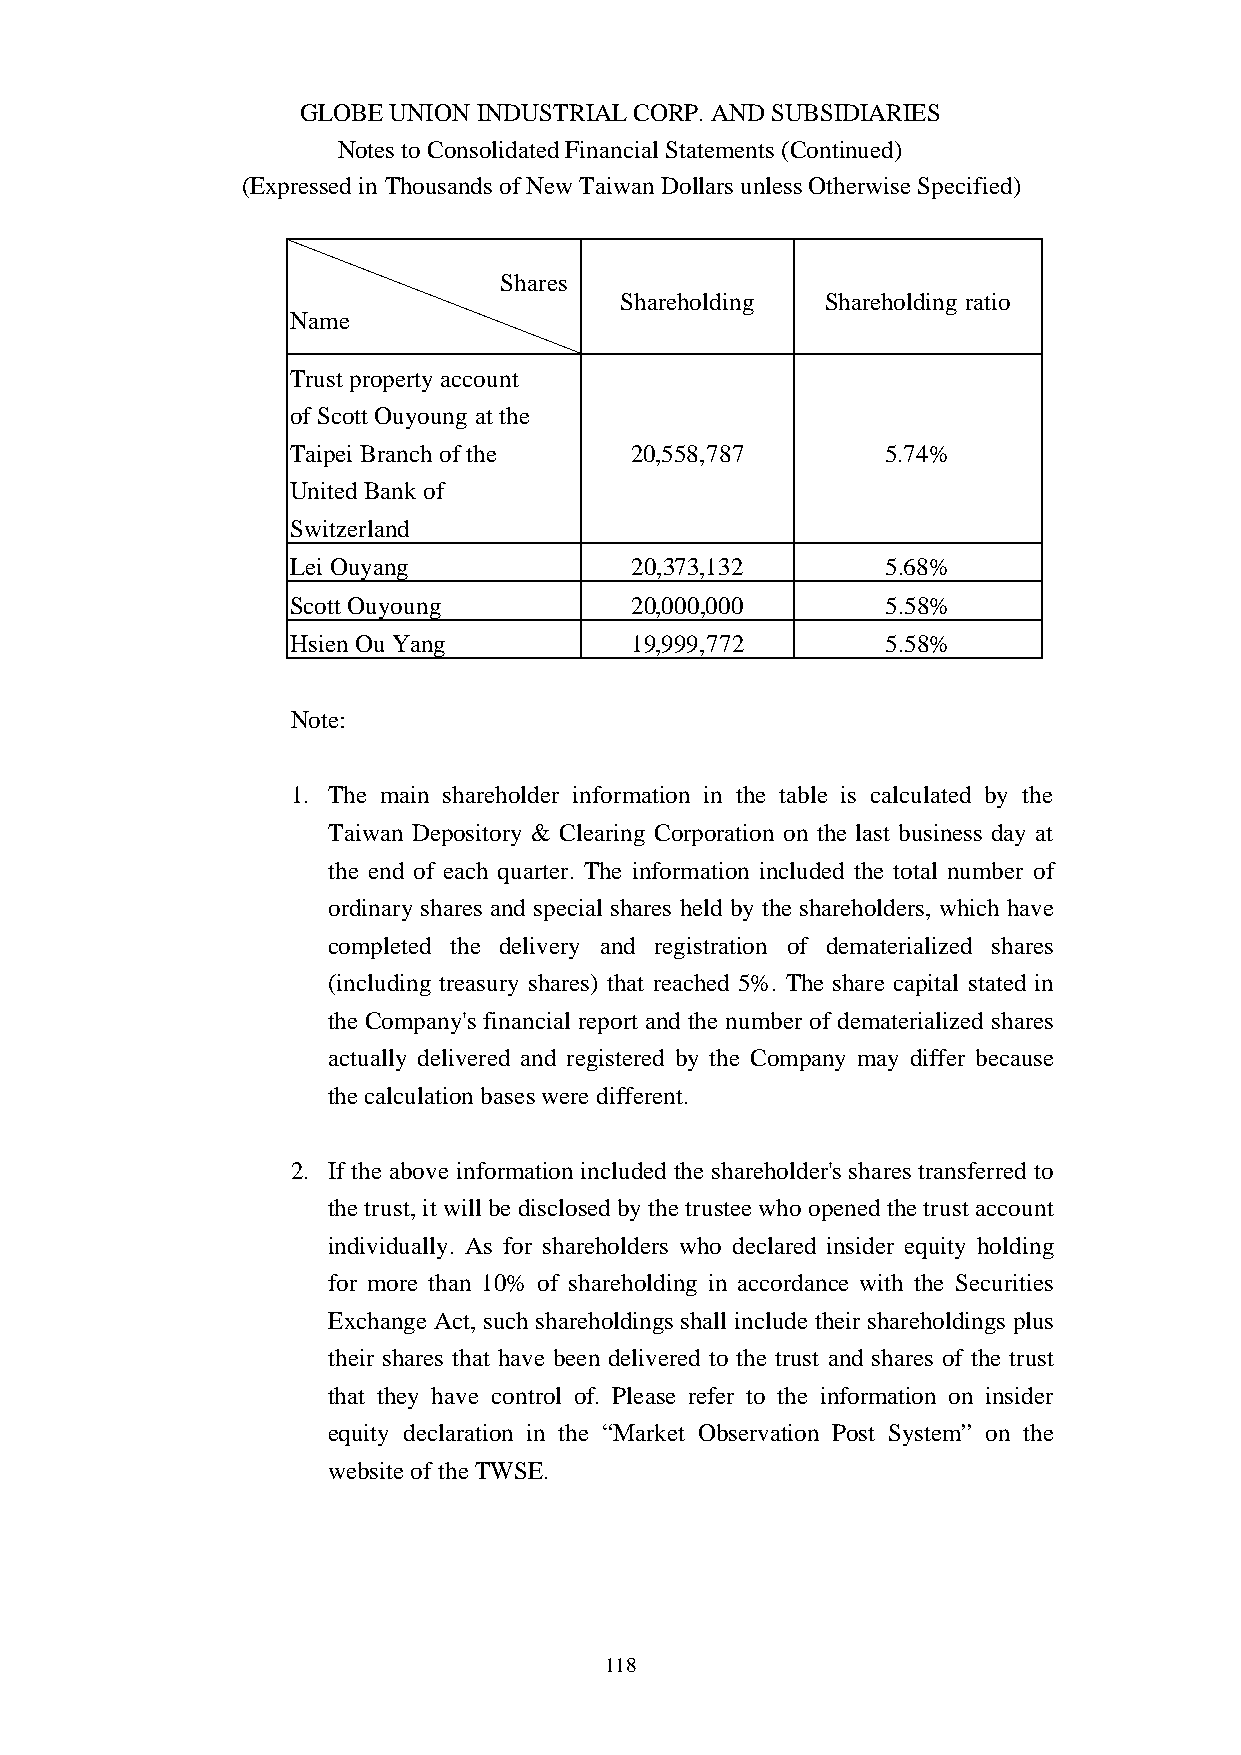
GLOBE UNION INDUSTRIAL CORP. AND SUBSIDIARIES
 Notes to Consolidated Financial Statements (Continued)
 (Expressed in Thousands of New Taiwan Dollars unless Otherwise Specified)
 Shares
 Shareholding  Shareholding ratio
 Name
 Trust property account
 of Scott Ouyoung at the
 Taipei Branch of the   20,558,787       5.74%
 United Bank of
 Switzerland
 Lei Ouyang             20,373,132       5.68%
 Scott Ouyoung          20,000,000       5.58%
 Hsien Ou Yang          19,999,772       5.58%
 Note:
 1. The main shareholder information in the table is calculated by the
 Taiwan Depository & Clearing Corporation on the last business day at
 the end of each quarter. The information included the total number of
 ordinary shares and special shares held by the shareholders, which have
 completed the delivery and registration of dematerialized shares
 (including treasury shares) that reached 5%. The share capital stated in
 the Company's financial report and the number of dematerialized shares
 actually delivered and registered by the Company may differ because
 the calculation bases were different.
 2. If the above information included the shareholder's shares transferred to
 the trust, it will be disclosed by the trustee who opened the trust account
 individually. As for shareholders who declared insider equity holding
 for more than 10% of shareholding in accordance with the Securities
 Exchange Act, such shareholdings shall include their shareholdings plus
 their shares that have been delivered to the trust and shares of the trust
 that they have control of. Please refer to the information on insider
 equity declaration in the “Market Observation Post System” on the
 website of the TWSE.
 118